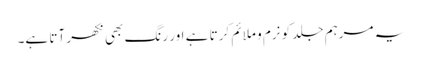
یہ مرہم جلد کو نرم و ملائم کرتا ہے اور رنگ بھی نکھر آتا ہے۔